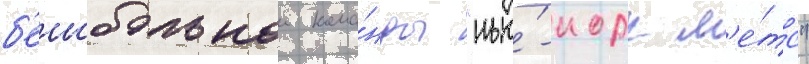
б'еисбольнои кома́нды "нью́-иорк м'е́тс"